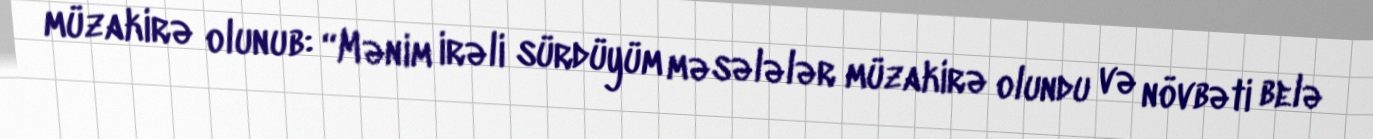
müzakirə olunub: “Mənim irəli sürdüyüm məsələlər müzakirə olundu və növbəti belə